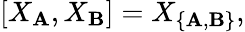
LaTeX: [X_{\mathbf A},X_{\mathbf B}]=X_{\{ {\mathbf A},{\mathbf B}\} },